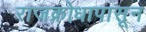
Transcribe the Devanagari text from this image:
राजक्रोधापासून